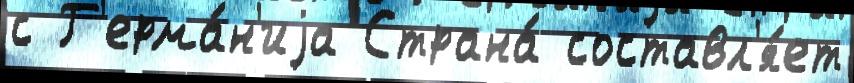
с Г'ерма́н'иjа Страна́ составл'я́ет